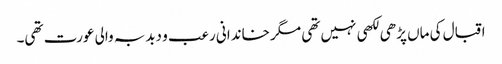
اقبال کی ماں پڑھی لکھی نہیں تھی مگر خاندانی رعب و دبدبہ والی عورت تھی۔